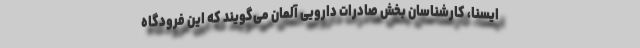
ایسنا، کارشناسان بخش صادرات داروییِ آلمان می‌گویند که این فرودگاه